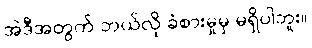
အဲဒီအတွက် ဘယ်လို ခံစားမှုမှ မရှိပါဘူး။